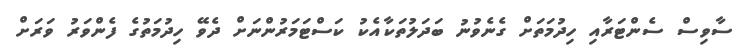
ސާވިސް ސެންޓަރާއި ހިދުމަތަށް ގެނެވުނު ބަދަލުތަކާއެކު ކަސްޓަމަރުންނަށް ދެވޭ ހިދުމަތުގެ ފެންވަރު ވަރަށް